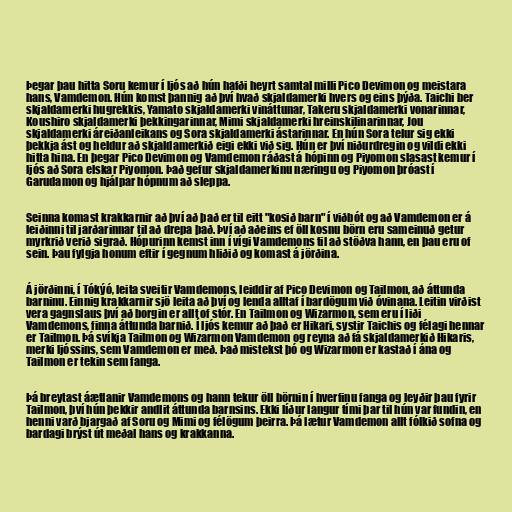
Þegar þau hitta Soru kemur í ljós að hún hafði heyrt samtal milli Pico Devimon og meistara
hans, Vamdemon. Hún komst þannig að því hvað skjaldamerki hvers og eins þýða. Taichi ber
skjaldamerki hugrekkis, Yamato skjaldamerki vináttunar, Takeru skjaldamerki vonarinnar,
Koushiro skjaldamerki þekkingarinnar, Mimi skjaldamerki hreinskilinarinnar, Jou
skjaldamerki áreiðanleikans og Sora skjaldamerki ástarinnar. En hún Sora telur sig ekki
þekkja ást og heldur að skjaldamerkið eigi ekki við sig. Hún er því niðurdregin og vildi ekki
hitta hina. En þegar Pico Devimon og Vamdemon ráðast á hópinn og Piyomon slasast kemur í
ljós að Sora elskar Piyomon. Það gefur skjaldamerkinu næringu og Piyomon þróast í
Garudamon og hjálpar hópnum að sleppa.

Seinna komast krakkarnir að því að það er til eitt "kosið barn" í viðbót og að Vamdemon er á
leiðinni til jarðarinnar til að drepa það. Því að aðeins ef öll kosnu börn eru sameinuð getur
myrkrið verið sigrað. Hópurinn kemst inn í vígi Vamdemons til að stöðva hann, en þau eru of
sein. Þau fylgja honum eftir í gegnum hliðið og komast á jörðina.

Á jörðinni, í Tókýó, leita sveitir Vamdemons, leiddir af Pico Devimon og Tailmon, að áttunda
barninu. Einnig krakkarnir sjö leita að því og lenda alltaf í bardögum við óvinana. Leitin virðist
vera gagnslaus því að borgin er allt of stór. En Tailmon og Wizarmon, sem eru í liði
Vamdemons, finna áttunda barnið. Í ljós kemur að það er Hikari, systir Taichis og félagi hennar
er Tailmon. Þá svíkja Tailmon og Wizarmon Vamdemon og reyna að fá skjaldamerkið Hikaris,
merki ljóssins, sem Vamdemon er með. Það mistekst þó og Wizarmon er kastað í ána og
Tailmon er tekin sem fanga.

Þá breytast áætlanir Vamdemons og hann tekur öll börnin í hverfinu fanga og leyðir þau fyrir
Tailmon, því hún þekkir andlit áttunda barnsins. Ekki líður langur tími þar til hún var fundin, en
henni varð bjargað af Soru og Mimi og félögum þeirra. Þá lætur Vamdemon allt fólkið sofna og
bardagi brýst út meðal hans og krakkanna.